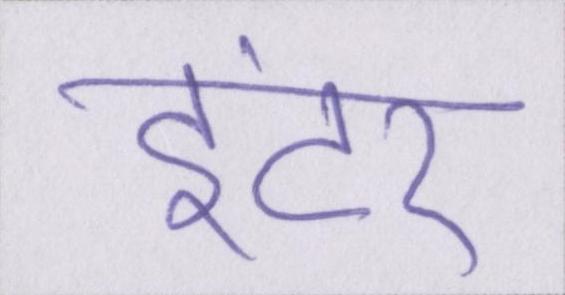
इंटर